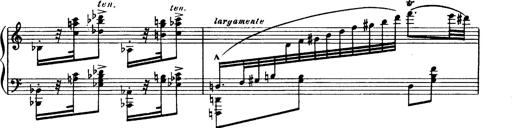
Title: Magyar dalok
Composer: Franz Liszt